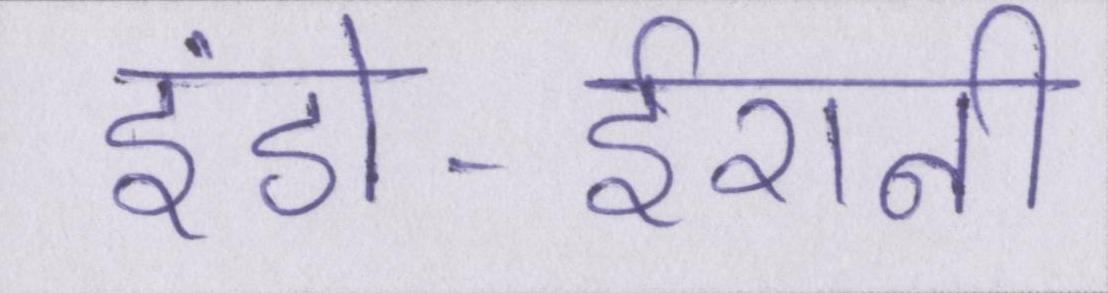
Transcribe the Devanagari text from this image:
इंडो-ईरानी